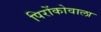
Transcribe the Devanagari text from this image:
पिरोंकोवाला